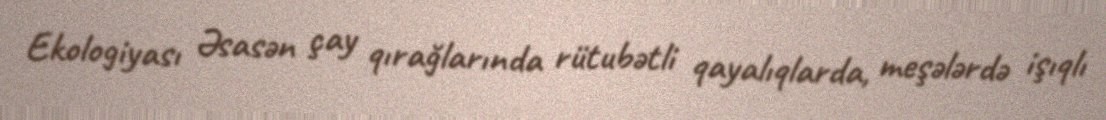
Ekologiyası Əsasən çay qırağlarında rütubətli qayalıqlarda, meşələrdə işıqlı